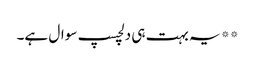
**یہ بہت ہی دلچسپ سوال ہے۔